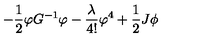
- \frac { 1 } { 2 } \varphi G ^ { - 1 } \varphi - \frac { \lambda } { 4 ! } \varphi ^ { 4 } + \frac { 1 } { 2 } J \phi